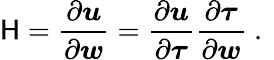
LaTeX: \mathsf{H}=\frac{\partial\boldsymbol{u}}{\partial\boldsymbol{w}}=\frac{\partial\boldsymbol{u}}{\partial\boldsymbol{\tau}}\frac{\partial\boldsymbol{\tau}}{\partial\boldsymbol{w}}\mathrm{~.~}